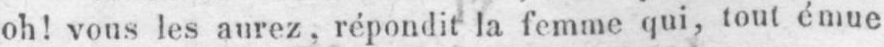
oh! vous les aurez, répondit la femme qui, tout émue